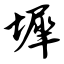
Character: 墀